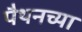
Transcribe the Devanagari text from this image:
पैथनच्या